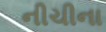
નીચીના